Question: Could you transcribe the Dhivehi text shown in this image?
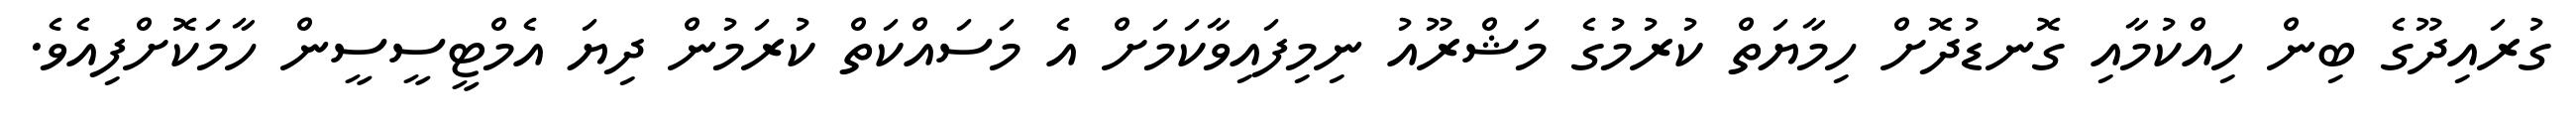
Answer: ގުރައިދޫގެ ބިން ހިއްކުމާއި ގޮނޑުދޮށް ހިމާޔަތް ކުރުމުގެ މަޝްރޫއު ނިމިފައިވާކަމަށް އެ މަސައްކަތް ކުރަމުން ދިޔަ އެމްޓީސީސީން ހާމަކޮށްފިއެވެ.